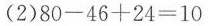
(2) $$8 0 - 4 6 + 2 4 = 1 0$$